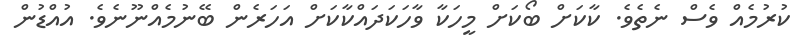
ކުރުމެއް ވެސް ނެތެވެ. ކާކަށް ބޯކަށް މީހަކާ ވާހަކަދައްކާކަށް އަހަރެން ބޭނުމެއްނޫނެވެ. އުއްޑުން